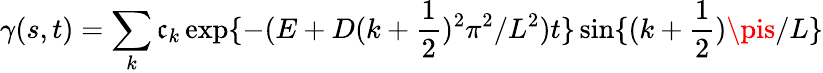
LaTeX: \gamma(s,t)=\sum_{k}\mathfrak{c}_{k}\exp\{ -(E+D(k+\frac{{1}}{{2}})^{2}\pi^{2}/L^{2})t\} \sin\{ (k+\frac{{1}}{{2}})\pis/L\}